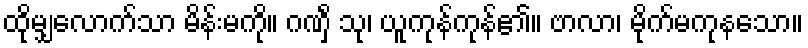
ထိုမျှလောက်သာ မိန်းမကို။ ဂဏှိံ သု၊ ယူကုန်ကုန်၏။ ဗာလာ၊ မိုက်မကုနသော။